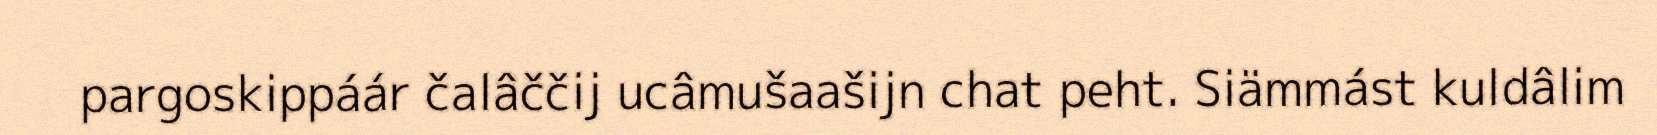
pargoskippáár čalâččij ucâmušaašijn chat peht. Siämmást kuldâlim